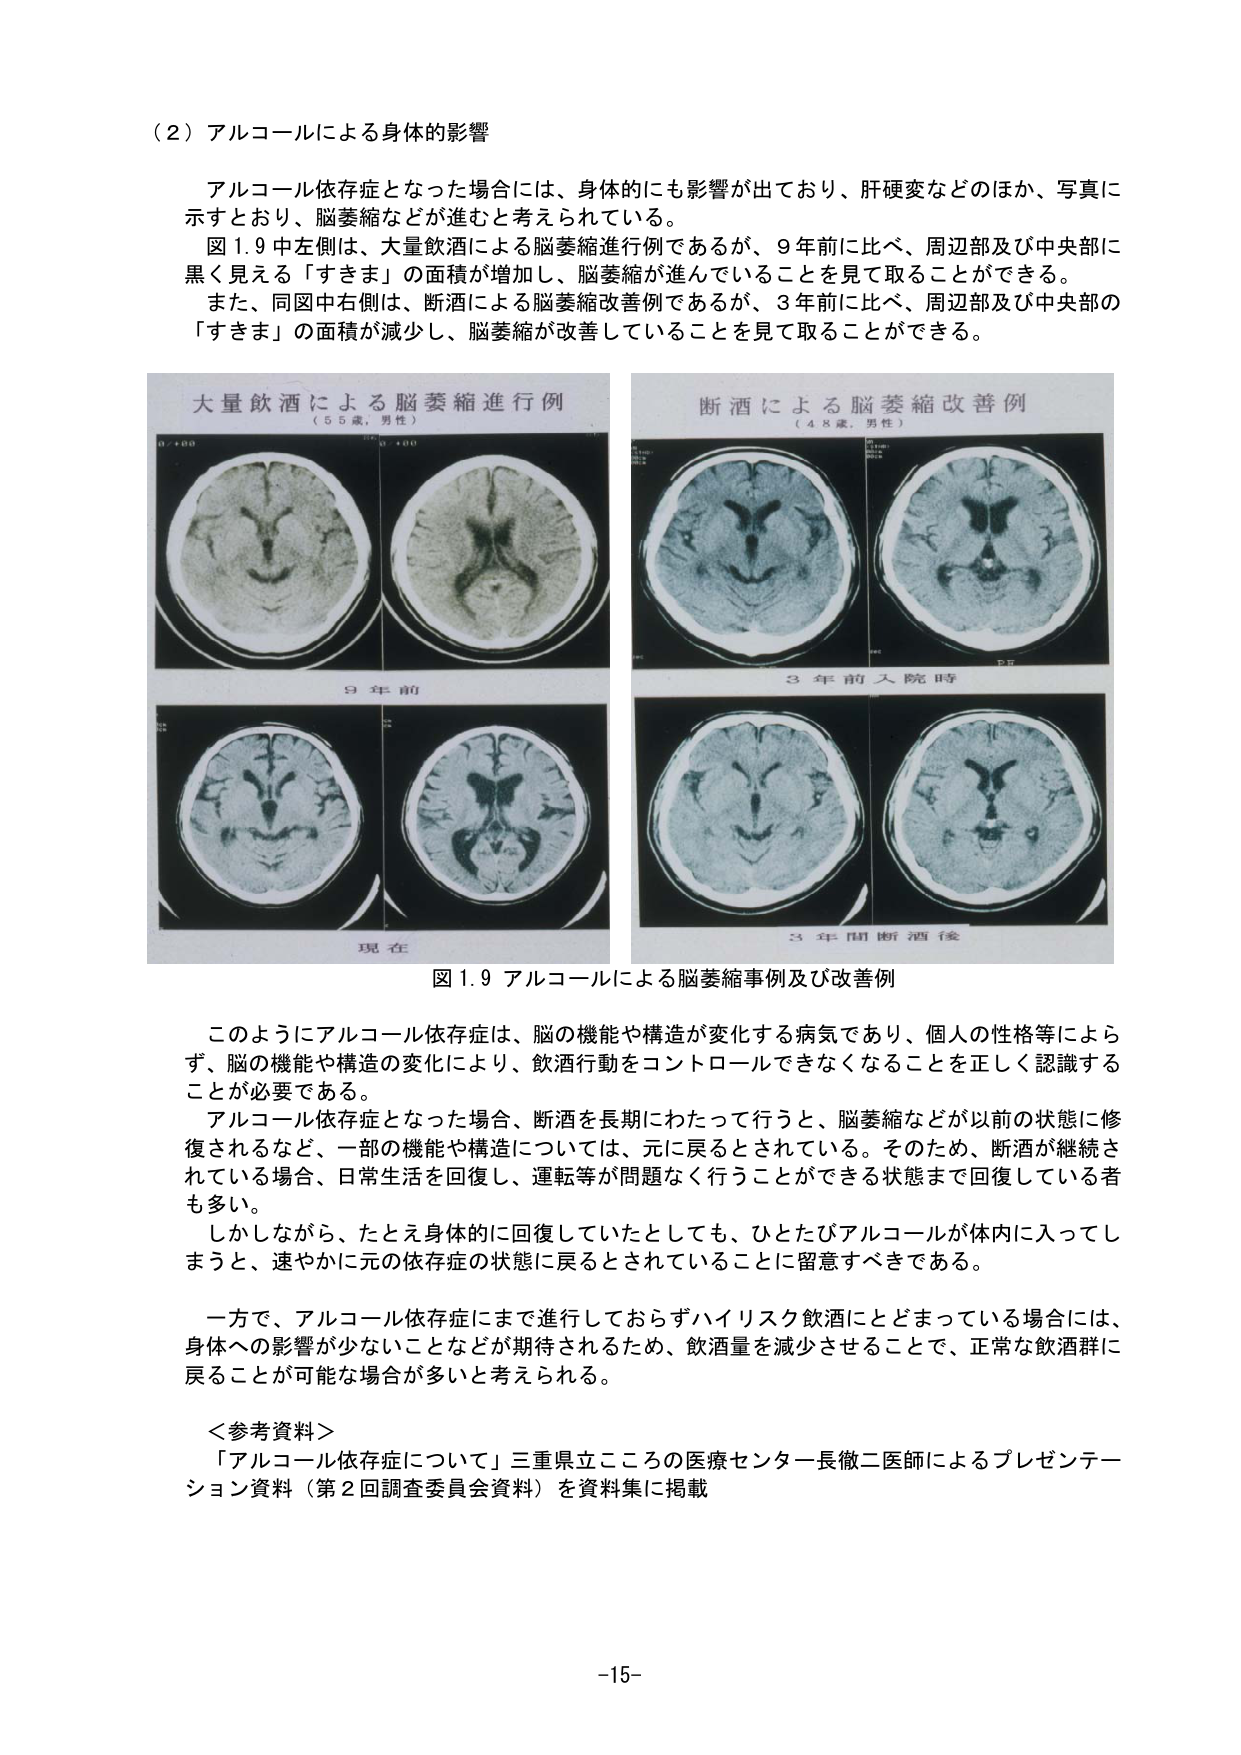
（２）アルコールによる身体的影響

アルコール依存症となった場合には、身体的にも影響が出ており、肝硬変などのほか、写真に示すとおり、脳萎縮などが進むと考えられている。
図1.9中左側は、大量飲酒による脳萎縮進行例であるが、9年前に比べ、周辺部及び中央部に黒く見える「すきま」の面積が増加し、脳萎縮が進んでいることを見て取ることができる。
また、同図中右側は、断酒による脳萎縮改善例であるが、3年前に比べ、周辺部及び中央部の「すきま」の面積が減少し、脳萎縮が改善していることを見て取ることができる。

大量飲酒による脳萎縮進行例
（55歳、男性）
9年前
現在

断酒による脳萎縮改善例
（48歳、男性）
3年前入院時
3年間断酒後

図1.9 アルコールによる脳萎縮事例及び改善例

このようにアルコール依存症は、脳の機能や構造が変化する病気であり、個人の性格等によらず、脳の機能や構造の変化により、飲酒行動をコントロールできなくなることを正しく認識することが必要である。
アルコール依存症となった場合、断酒を長期にわたって行うと、脳萎縮などが以前の状態に修復されるなど、一部の機能や構造については、元に戻るとされている。そのため、断酒が継続されている場合、日常生活を回復し、運転等が問題なく行うことができる状態まで回復している者も多い。
しかしながら、たとえ身体的に回復していたとしても、ひとたびアルコールが体内に入ってしまうと、速やかに元の依存症の状態に戻るとされていることに留意すべきである。
一方で、アルコール依存症にまで進行しておらずハイリスク飲酒にとどまっている場合には、身体への影響が少ないことなどが期待されるため、飲酒量を減少させることで、正常な飲酒群に戻ることが可能な場合が多いと考えられる。

＜参考資料＞
「アルコール依存症について」三重県立こころの医療センター長徴二医師によるプレゼンテーション資料（第2回調査委員会資料）を資料集に掲載

-15-